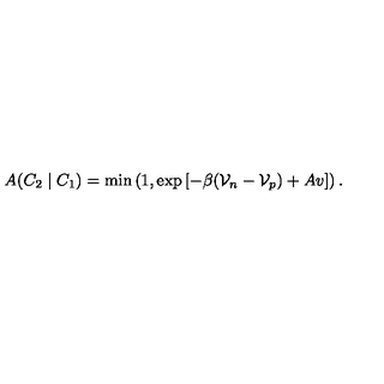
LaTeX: A ( C _ { 2 } \mid C _ { 1 } ) = \min \left( 1 , \exp \left[ - \beta ( \mathcal { V } _ { n } - \mathcal { V } _ { p } ) + A v \right] \right) .